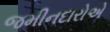
જમીનદારોએ